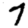
Digit: 7